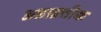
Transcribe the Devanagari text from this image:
अप्राक्र्तीक